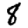
Digit: 8